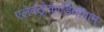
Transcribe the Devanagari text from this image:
एलेक्ट्रोकार्डियोग्राम